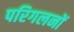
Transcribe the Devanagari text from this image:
परिगलनों